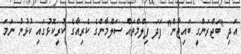
އަދި "ބަޖްރަންގީ ބައިޖާން" ފަދަ ފިލްމްތައް ސަލްމާންގެ ކެރިއާގެ ކުރީކޮޅުގައި ކުޅުނު ނަމަ